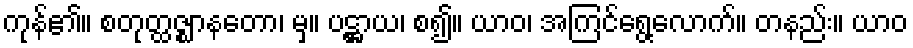
ကုန်၏။ စတုတ္ထဇ္ဈာနတော၊ မှ။ ပဋ္ဌာယ၊ စ၍။ ယာဝ၊ အကြင်ရွေ့လောက်။ တနည်း။ ယာဝ